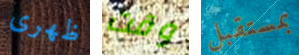
ظهرى وقت بمستقبل